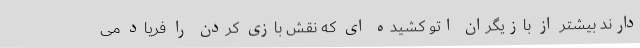
دارند بیشتر از بازیگران اتو کشیده ای که نقش بازی کردن را فریاد می